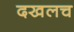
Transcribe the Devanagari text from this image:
दखलच